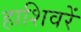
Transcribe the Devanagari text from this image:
हाशिवरें